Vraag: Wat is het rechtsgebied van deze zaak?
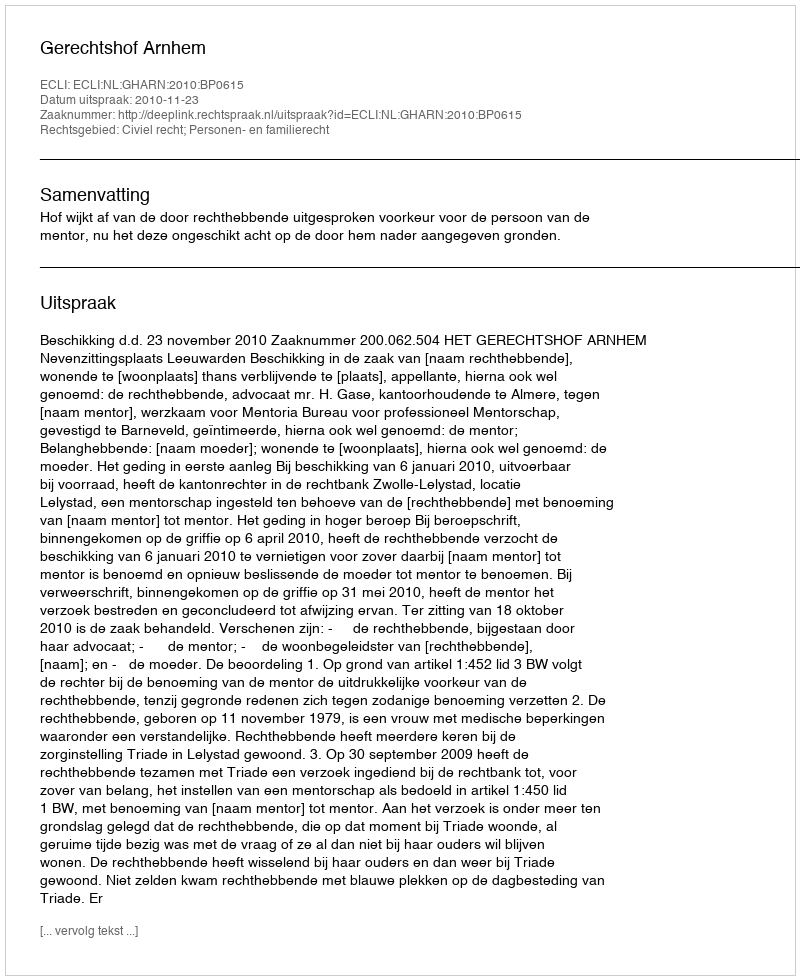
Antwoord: Civiel recht; Personen- en familierecht